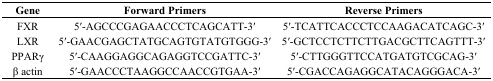
<table><thead><tr><td><b>Gene</b></td><td><b>Forward Primers</b></td><td><b>Reverse Primers</b></td></tr></thead><tbody><tr><td>FXR</td><td>5′-AGCCCGAGAACCCTCAGCATT-3′</td><td>5′-TCATTCACCCTCCAAGACATCAGC-3′</td></tr><tr><td>LXR</td><td>5′-GAACGAGCTATGCAGTGTATGTGGG-3′</td><td>5′-GCTCCTCTTCTTGACGCTTCAGTTT-3′</td></tr><tr><td>PPARγ</td><td>5′-CAAGGAGGCAGAGGTCCGATTC-3′</td><td>5′-CTTGGGTTCCATGATGTCGCAG-3′</td></tr><tr><td>β actin</td><td>5′-GAACCCTAAGGCCAACCGTGAA-3′</td><td>5′-CGACCAGAGGCATACAGGGACA-3′</td></tr></tbody></table>